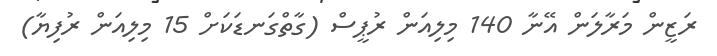
ރަޒީން މަރާލަން އޭނާ 140 މިލިއަން ރުޕީސް (ގާތްގަނޑަކަށް 15 މިލިއަން ރުފިޔާ)